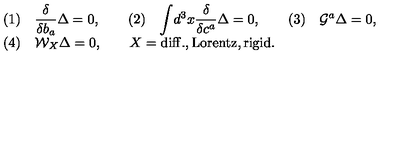
\begin{array} { l } { ( 1 ) \quad { \displaystyle { \frac { \delta } { \delta b _ { a } } } } \Delta = 0 , \qquad ( 2 ) \quad \displaystyle { \int } d ^ { 3 } x { \displaystyle { \frac { \delta } { \delta c ^ { a } } } } \Delta = 0 , \qquad ( 3 ) \quad { \cal G } ^ { a } \Delta = 0 , } \\ { ( 4 ) \quad { \cal W } _ { X } \Delta = 0 , \qquad X = \mathrm { d i f f . , L o r e n t z , r i g i d } . } \\ \end{array}